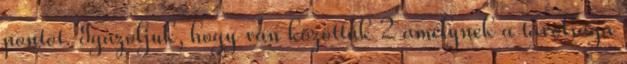
pontot. Igazoljuk, hogy van közöttük 2 amelynek a távolsága